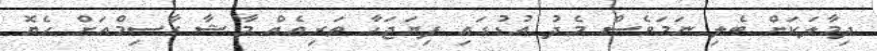
ދިމާލަކަށް ބެލި ނަމަވެސް މެދު އުޑުގައި ފިޔަޖަހާ ތަރިއެއް މާޝާ ގާސިމްއަށް ހެޔޮ